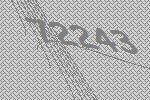
72243